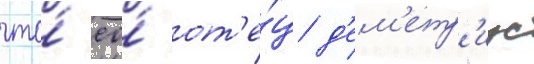
что́ ео́ от'е́ц д'ем'етр'иус